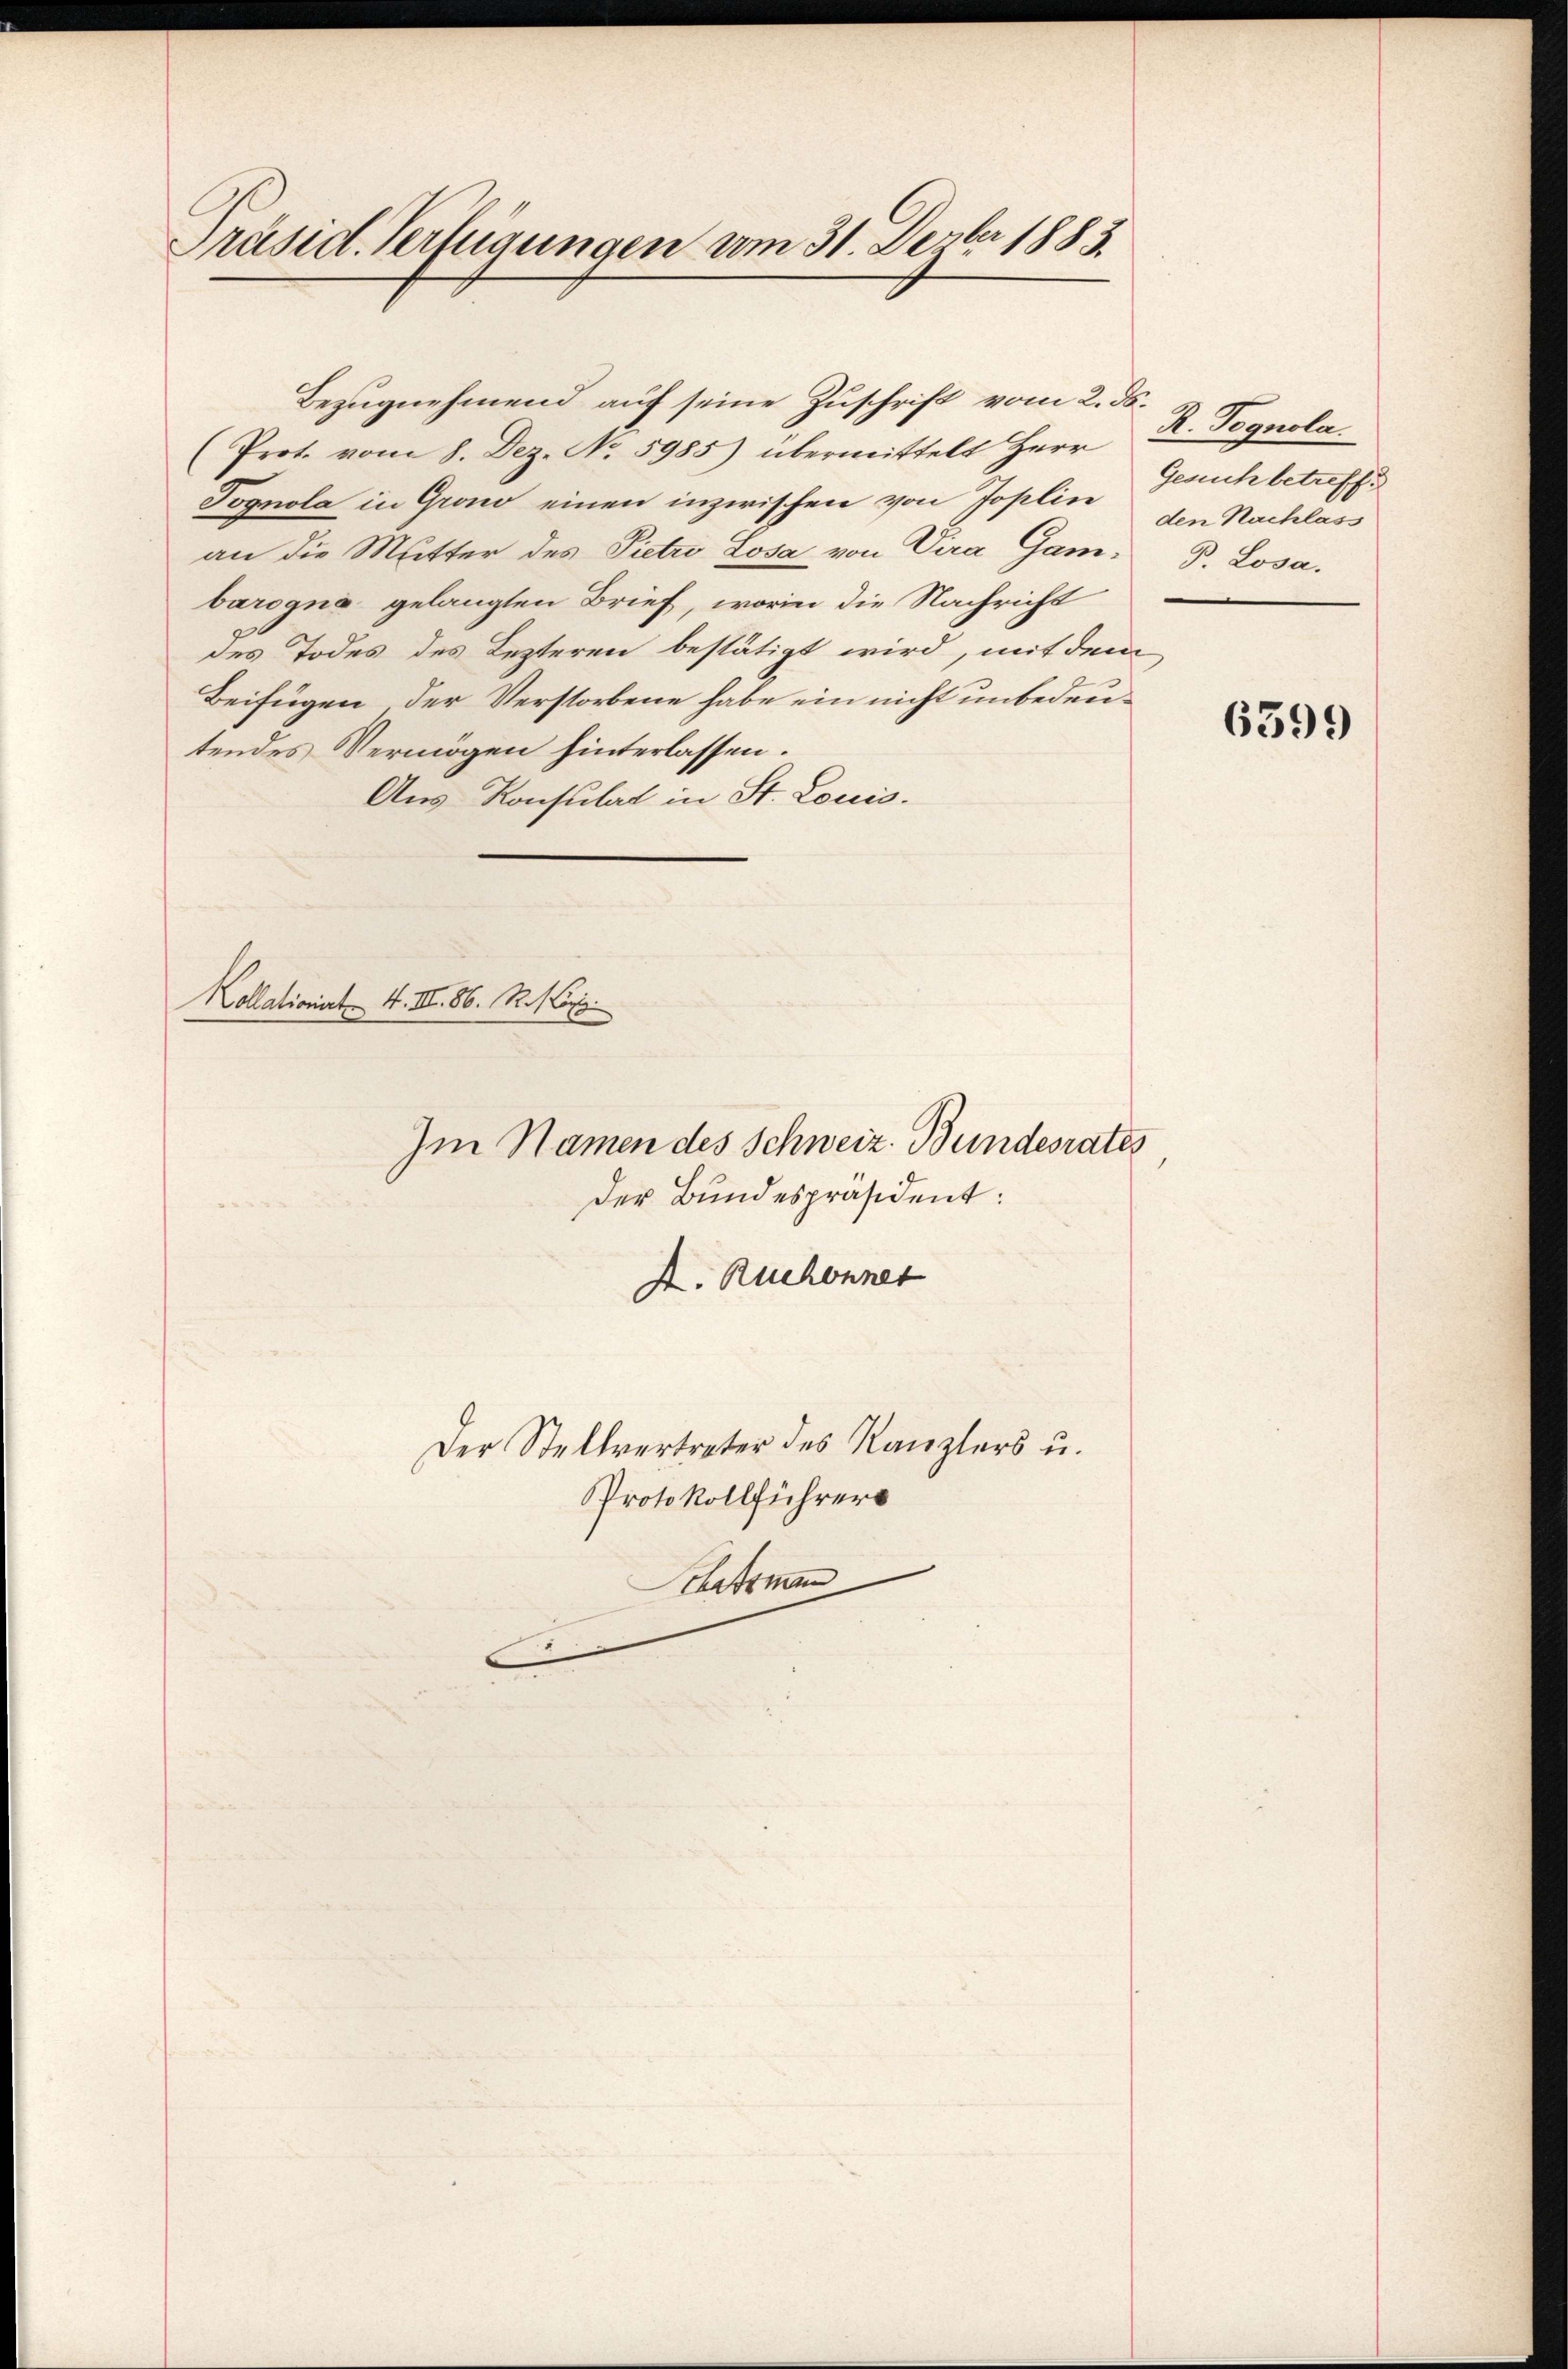
Präsid. Verfügungen vom 31. Dezbr 1883.

Bezugnehmend auf seine Zuschrift vom 2. ds.
(Prot. vom 8. Dez. No. 5985) übermittelt Herr
Pognola in Grono einen inzwischen von Joplin
an die Mutter des Pietr Losa von Vira Gam. P. Losa,
barogna gelangten Brief, worin die Nachricht
des Todes des Lezteren bestätigt wird, mit dem
Beifügen der Verstorbene habe ein nicht unbedeutendes Vermögen hinterlassen.
Aus Konsulat in St. Louis.
Kollationiert. 4. III. 86. R. Korpo

Im Namen des Schweiz. Bundesrates
Der Bundespräsident:
A. Ruchonnet
Der Stellvertreter des Kanzlers u.
Protokollführers
Schatzman

R. Pognola.
Gesuch betreffe
den Nachlas

6399